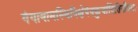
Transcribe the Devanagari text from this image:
गंगायामस्थिनिक्षेपंनकुर्यादितिगौतमः